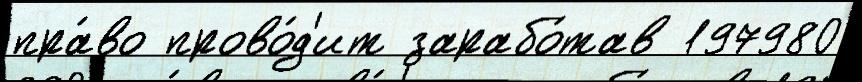
пра́во прово́д'ит зарабо́тав 197980